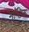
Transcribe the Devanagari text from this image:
मॉन्टेक